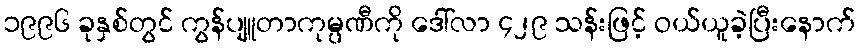
၁၉၉၆ ခုနှစ်တွင် ကွန်ပျူတာကုမ္ပဏီကို ဒေါ်လာ ၄၂၉ သန်းဖြင့် ဝယ်ယူခဲ့ပြီးနောက်